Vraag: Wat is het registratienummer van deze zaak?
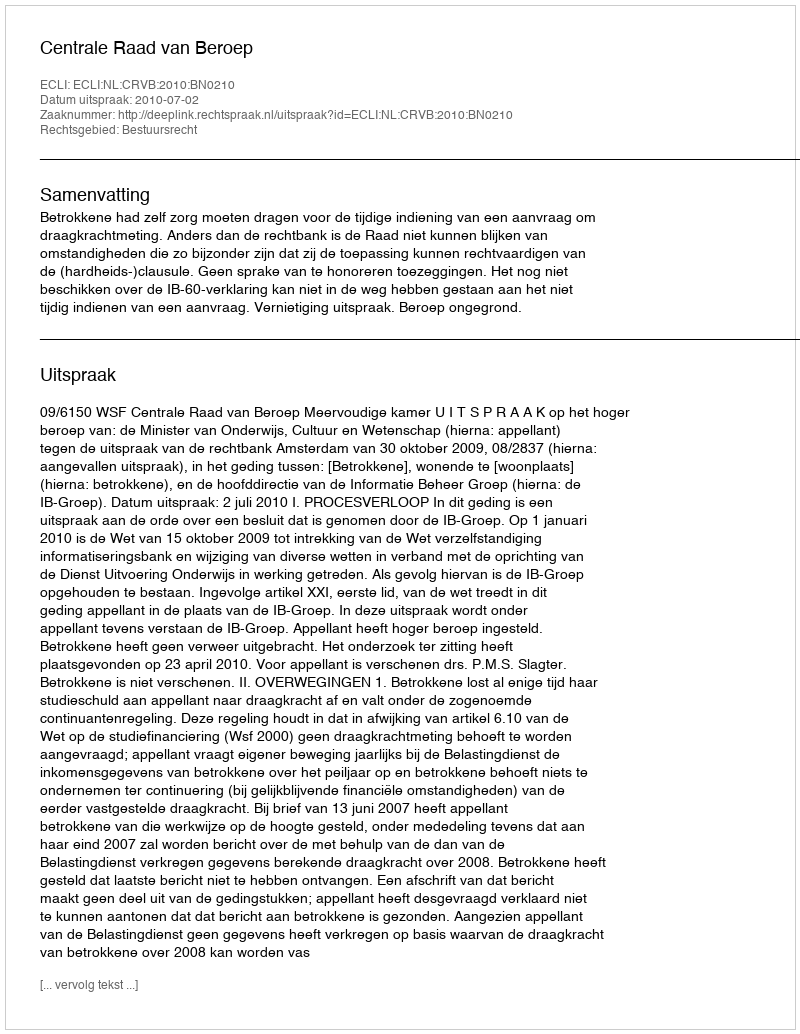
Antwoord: http://deeplink.rechtspraak.nl/uitspraak?id=ECLI:NL:CRVB:2010:BN0210